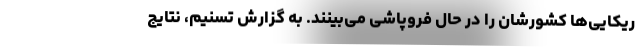
ریکایی‌ها کشورشان را در حال فروپاشی می‌بینند. به گزارش تسنیم، نتایج